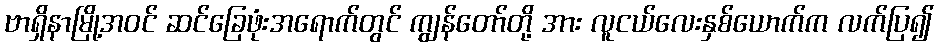
ဗာရှိနာမြို့အဝင် ဆင်ခြေဖုံးအရောက်တွင် ကျွန်တော်တို့ အား လူငယ်လေးနှစ်ယောက်က လက်ပြ၍